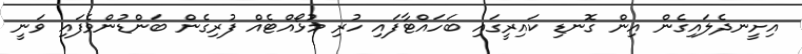
އިށީނދެލައިގެން އިން ގޮނޑި ކައިރީގައި ބަހައްޓާފައި ހުރި މުޅޯއްޓެއް ފުރިގެން ބަންޑުންވެފައި ވަނީ